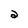
Character: 2